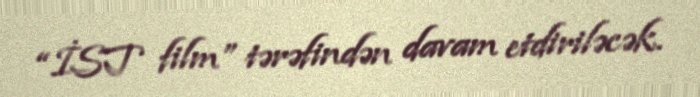
“İST film” tərəfindən davam etdiriləcək.